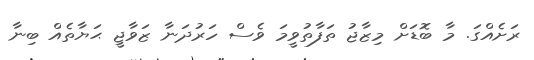
ރަށެއްގަ. މާ ބޮޑަށް މިޒާޖު ތަފާތުވީމަ ވެސް ހަރުދަނާ ޒަވާޖީ ޙަޔާތެއް ބިނާ